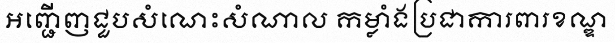
អញ្ជើញជួបសំណេះសំណាល កម្លាំងប្រជាការពារខណ្ឌ